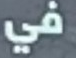
في